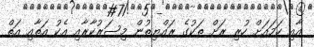
އާއި ހަމައަށް ހުރި ރަށް ތަކުގެ ރައްޔިތުން މިސަރުކާރާއި އެކު އަތާއި އަތް